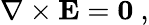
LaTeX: \nabla\times\mathbf{E}={\boldsymbol{0}}\ ,